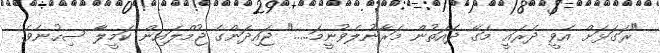
"ރަގަޅަށް އެވީ ދެރައީ މަގޭ ދެއަތުން މަރާނުލެވުނީމަ....." ޖައިދަންގެ ޖުމްލައިން ކަމީލާ ސިހުނެވެ.